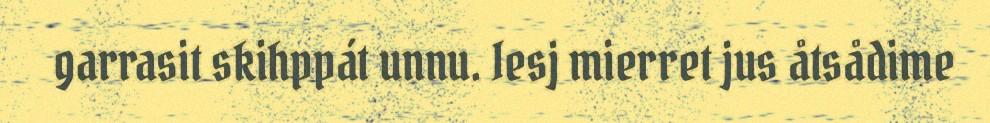
garrasit skihppát unnu. Iesj mierret jus åtsådime